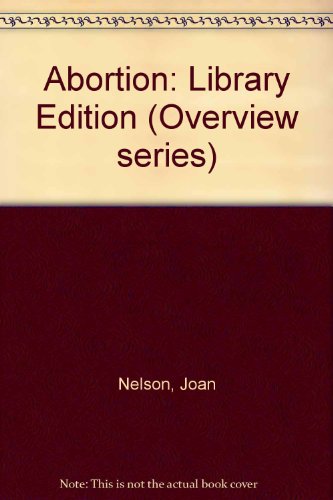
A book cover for Abortion (Lucent Overview); Joan Nelson; Teen & Young Adult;